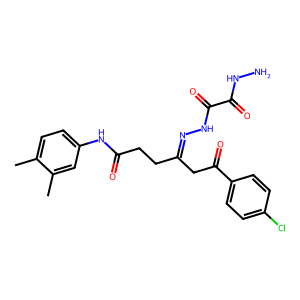
SMILES: Cc1ccc(NC(=O)CCC(CC(=O)c2ccc(Cl)cc2)=NNC(=O)C(=O)NN)cc1C
Inhibits HIV replication: No